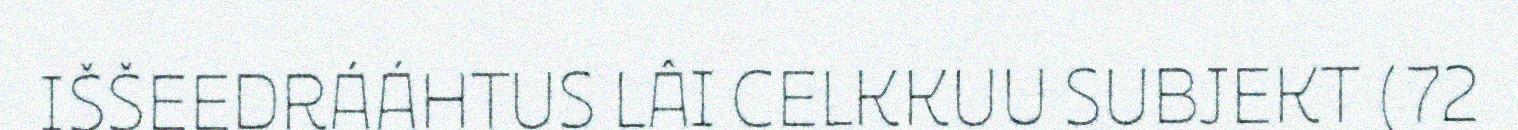
IŠŠEEDRÁÁHTUS LÂI CELKKUU SUBJEKT (72